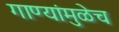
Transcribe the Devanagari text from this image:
गाण्यांमुळेच